Report on vaccination in the Province of Bengal - 1874-1889
Year: 1874
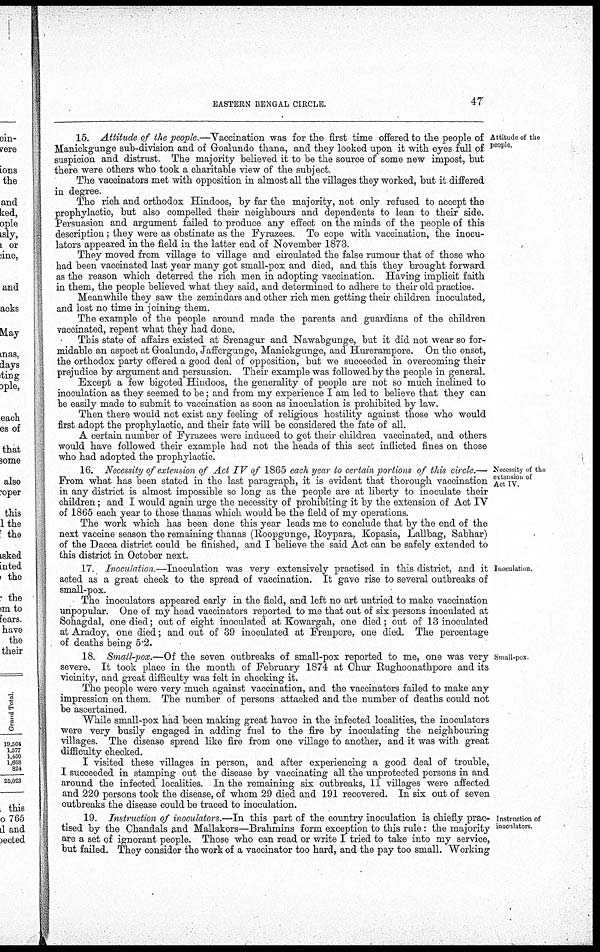
EASTERN BENGAL CIRCLE.
47
Attitude of the
people.
15. Attitude of the people.—Vaccination was for the first time offered to the people of
Manickgunge sub-division and of Goalundo thana, and they looked upon it with eyes full of
suspicion and distrust. The majority believed it to be the source of some new impost, but
there were others who took a charitable view of the subject.
The vaccinators met with opposition in almost all the villages they worked, but it differed
in degree.
The rich and orthodox Hindoos, by far the majority, not only refused to accept the
prophylactic, but also compelled their neighbours and dependents to lean to their side.
Persuasion and argument failed to produce any effect on the minds of the people of this
description; they were as obstinate as the Fyrazees. To cope with vaccination, the inocu-
lators appeared in the field in the latter end of November 1873.
They moved from village to village and circulated the false rumour that of those who
had been vaccinated last year many got small-pox and died, and this they brought forward
as the reason which deterred the rich men in adopting vaccination. Having implicit faith
in them, the people believed what they said, and determined to adhere to their old practice.
Meanwhile they saw the zemindars and other rich men getting their children inoculated,
and lost no time in joining them.
The example of the people around made the parents and guardians of the children
vaccinated, repent what they had done.
This state of affairs existed at Srenagur and Nawabgunge, but it did not wear so for-
midable an aspect at Goalundo, Jaffergunge, Manickgunge, and Hurerampore. On the onset,
the orthodox party offered a good deal of opposition, but we succeeded in overcoming their
prejudice by argument and persuasion. Their example was followed by the people in general.
Except a few bigoted Hindoos, the generality of people are not so much inclined to
inoculation as they seemed to be; and from my experience I am led to believe that they can
be easily made to submit to vaccination as soon as inoculation is prohibited by law.
Then there would not exist any feeling of religious hostility against those who would
first adopt the prophylactic, and their fate will be considered the fate of all.
A certain number of Fyrazees were induced to get their children vaccinated, and others
would have followed their example had not the heads of this sect inflicted fines on those
who had adopted the prophylactic.
Necessity of the
extension of
Act IV.
16. Necessity of extension of Act IV of 1865 each year to certain portions of this circle.—
From what has been stated in the last paragraph, it is evident that thorough vaccination
in any district is almost impossible so long as the people are at liberty to inoculate their
children; and I would again urge the necessity of prohibiting it by the extension of Act IV
of 1865 each year to those thanas which would be the field of my operations.
The work which has been done this year leads me to conclude that by the end of the
next vaccine season the remaining thanas (Roopgunge, Roypara, Kopasia, Lallbag, Sabhar)
of the Dacca district could be finished, and I believe the said Act can be safely extended to
this district in October next.
Inoculation.
17. Inoculation.—Inoculation was very extensively practised in this district, and it
acted as a great check to the spread of vaccination. It gave rise to several outbreaks of
small-pox.
The inoculators appeared early in the field, and left no art untried to make vaccination
unpopular. One of my head vaccinators reported to me that out of six persons inoculated at
Sohagdal, one died; out of eight inoculated at Kowargah, one died; out of 13 inoculated
at Aradoy, one died; and out of 39 inoculated at Frenpore, one died. The percentage
of deaths being 5.2.
Small-pox
18. Small-pox.—Of the seven outbreaks of small-pox reported to me, one was very
severe. It took place in the month of February 1874 at Chur Rughoonathpore and its
vicinity, and great difficulty was felt in checking it.
The people were very much against vaccination, and the vaccinators failed to make any
impression on them. The number of persons attacked and the number of deaths could not
be ascertained.
While small-pox had been making great havoc in the infected localities, the inoculators
were very busily engaged in adding fuel to the fire by inoculating the neighbouring
villages. The disease spread like fire from one village to another, and it was with great
difficulty checked.
I visited these villages in person, and after experiencing a good deal of trouble,
I succeeded in stamping out the disease by vaccinating all the unprotected persons in and
around the infected localities. In the remaining six outbreaks, 11 villages were affected
and 220 persons took the disease, of whom 29 died and 191 recovered. In six out of seven
outbreaks the disease could be traced to inoculation.
Instruction of
inoculators.
19. Instruction of inoculators.—In this part of the country inoculation is chiefly prac-
tised by the Chandals and Mallakors—Brahmins form exception to this rule: the majority
are a set of ignorant people. Those who can read or write I tried to take into my service,
but failed. They consider the work of a vaccinator too hard, and the pay too small. Working